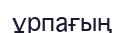
ұрпағың